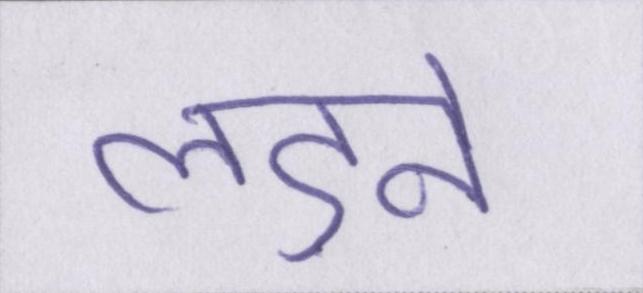
लड़ने